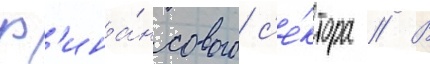
ф'ина́нсового с'е́ктора // В